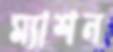
ম্যাশন